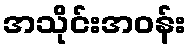
အသိုင်းအဝန်း